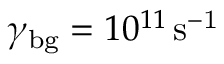
\gamma _ { \mathrm { b g } } = 1 0 ^ { 1 1 } \, \mathrm { s ^ { - 1 } }